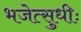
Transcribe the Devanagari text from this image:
भजेत्सुधीः